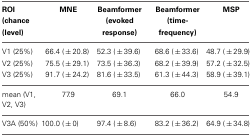
| ROI (chance (level) | MNE | Beamformer (evoked response) | Beamformer (time-frequency) | MSP |
 | --- | --- | --- | --- | --- |
 | V1 (25%) | 66.4 (±20.8) | 52.3 (±39.6) | 68.6 (±33.6) | 48.7 (±29.9) |
 | V2 (25%) | 75.5 (±29.1) | 73.5 (±36.3) | 68.2 (±39.9) | 57.2 (±32.5) |
 | V3 (25%) | 91.7 (±24.2) | 81.6 (±33.5) | 61.3 (±44.3) | 58.9 (±39.1) |
 | mean (V1, V2, V3) | 77.9 | 69.1 | 66.0 | 54.9 |
 | V3A (50%) | 100.0 (±0) | 97.4 (±8.6) | 83.2 (±36.2) | 64.9 (±34.8) |